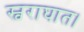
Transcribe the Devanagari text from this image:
स्वराघात।